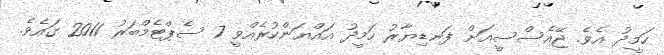
ހަމީދު އެވެ. ޖޭއެސްސީއަށް ފަނޑިޔާރު ހަމީދު އައްޔަންކުރެއްވީ 7 ސެޕްޓެމްބަރު 2011 ގައެވެ.